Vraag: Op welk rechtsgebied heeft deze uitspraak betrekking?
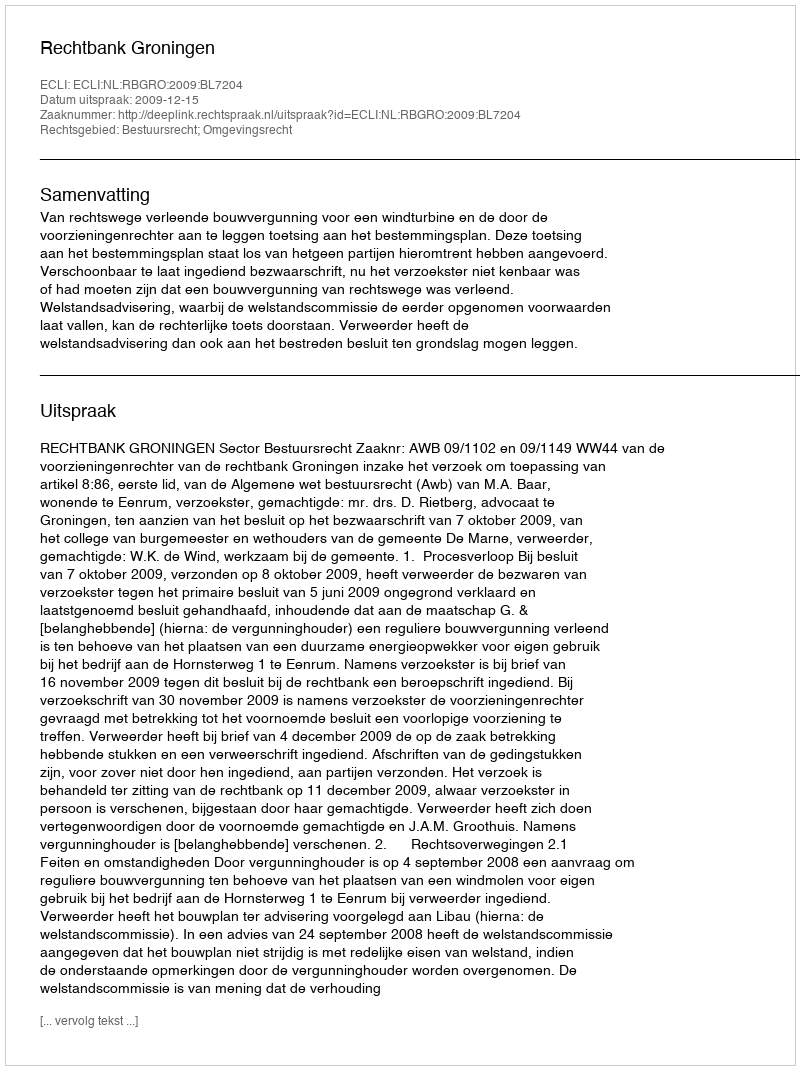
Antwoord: Bestuursrecht; Omgevingsrecht